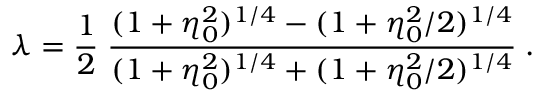
\lambda = \frac 1 2 \; { \frac { ( 1 + \eta _ { 0 } ^ { 2 } ) ^ { 1 / 4 } - ( 1 + \eta _ { 0 } ^ { 2 } / 2 ) ^ { 1 / 4 } } { ( 1 + \eta _ { 0 } ^ { 2 } ) ^ { 1 / 4 } + ( 1 + \eta _ { 0 } ^ { 2 } / 2 ) ^ { 1 / 4 } } } \; .